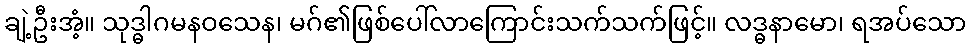
ချဲ့ဦးအံ့။ သုဒ္ဓါဂမနဝသေန၊ မဂ်၏ဖြစ်ပေါ်လာကြောင်းသက်သက်ဖြင့်။ လဒ္ဓနာမော၊ ရအပ်သော